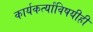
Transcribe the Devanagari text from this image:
कार्यकर्त्यांविषयीही